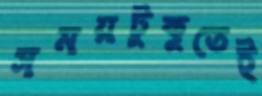
সময়টুকুতেই